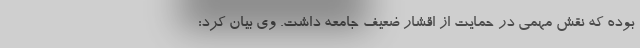
بوده که نقش مهمی در حمایت از اقشار ضعیف جامعه داشت. وی بیان کرد: